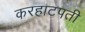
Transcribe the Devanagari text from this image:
करहाटपती